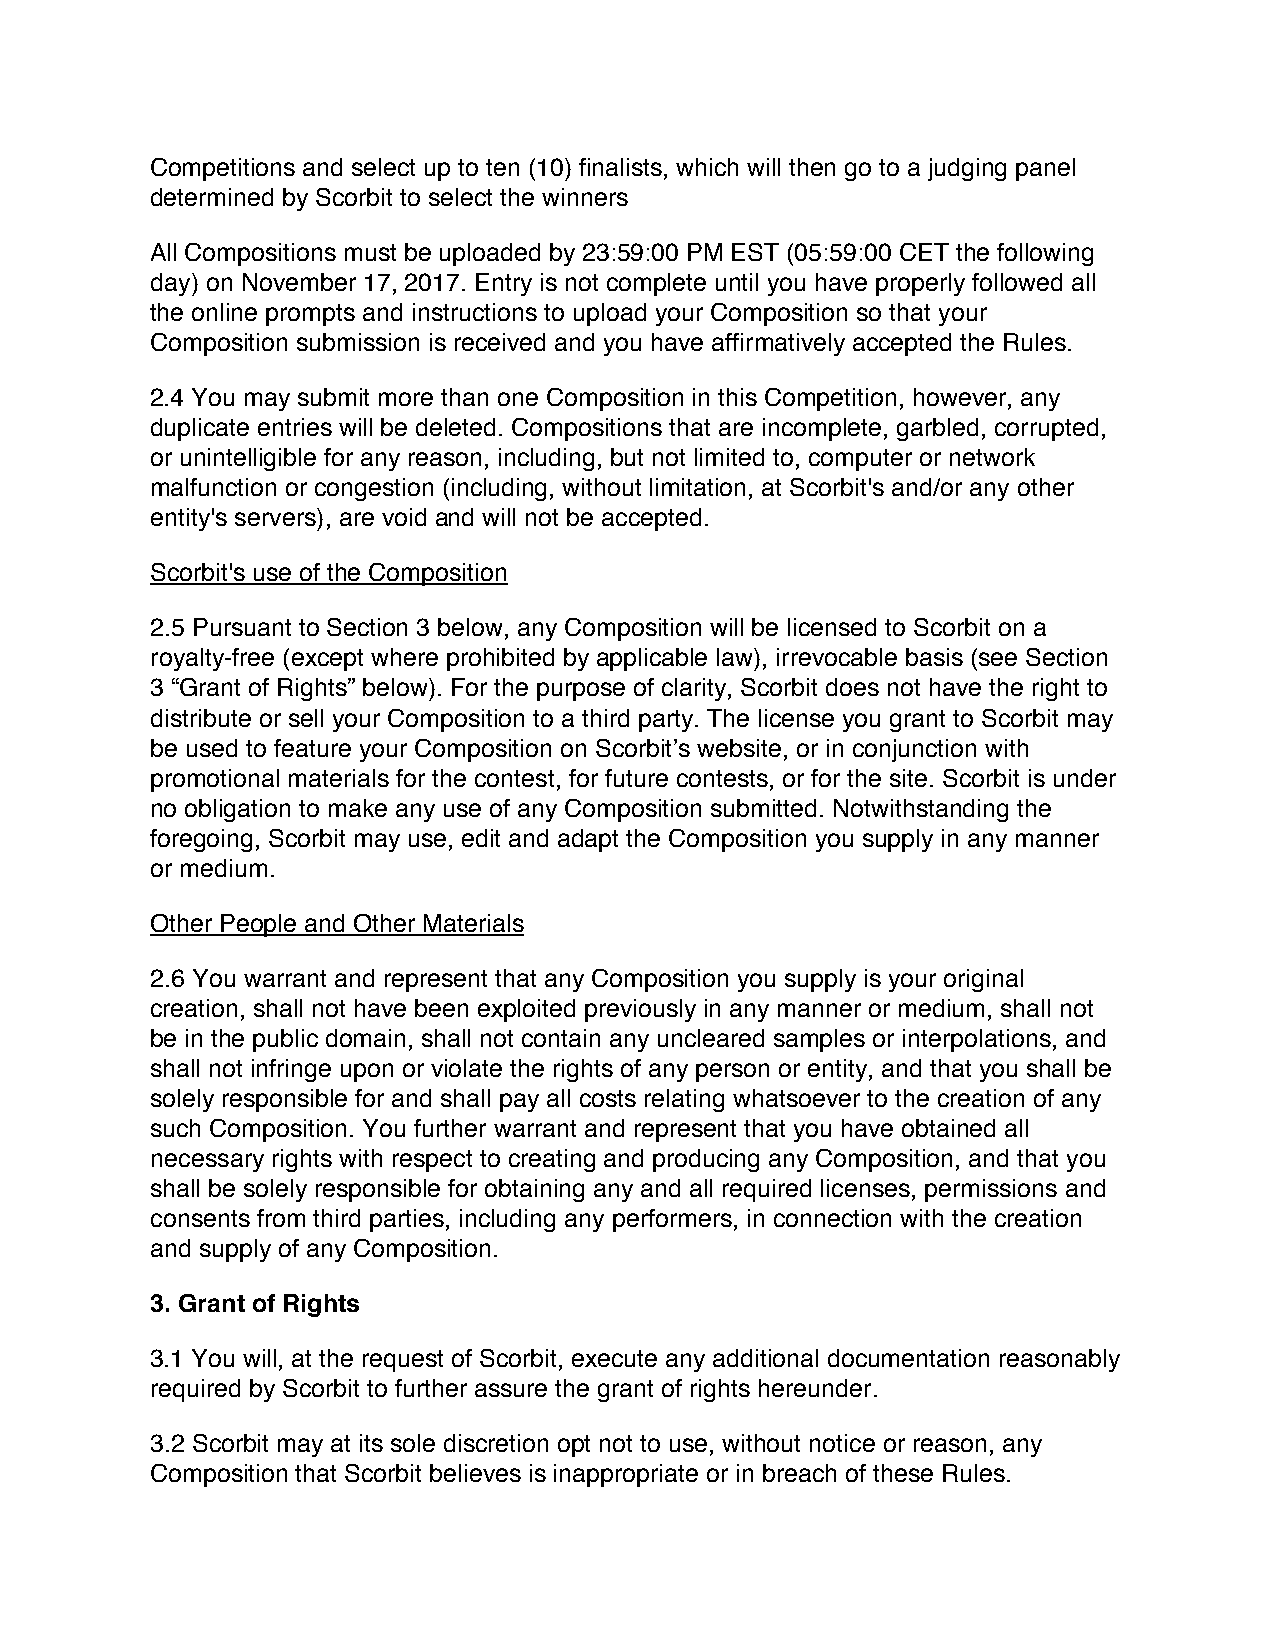
Competitions and select up to ten (10) finalists, which will then go to a judging panel
 determined by Scorbit to select the winners
 All Compositions must be uploaded by 23:59:00 PM EST (05:59:00 CET the following
 day) on November 17, 2017. Entry is not complete until you have properly followed all
 the online prompts and instructions to upload your Composition so that your
 Composition submission is received and you have affirmatively accepted the Rules.
 2.4 You may submit more than one Composition in this Competition, however, any
 duplicate entries will be deleted. Compositions that are incomplete, garbled, corrupted,
 or unintelligible for any reason, including, but not limited to, computer or network
 malfunction or congestion (including, without limitation, at Scorbit's and/or any other
 entity's servers), are void and will not be accepted.
 Scorbit's use of the Composition
 2.5 Pursuant to Section 3 below, any Composition will be licensed to Scorbit on a
 royalty‐free (except where prohibited by applicable law), irrevocable basis (see Section
 3 “Grant of Rights” below). For the purpose of clarity, Scorbit does not have the right to
 distribute or sell your Composition to a third party. The license you grant to Scorbit may
 be used to feature your Composition on Scorbit’s website, or in conjunction with
 promotional materials for the contest, for future contests, or for the site. Scorbit is under
 no obligation to make any use of any Composition submitted. Notwithstanding the
 foregoing, Scorbit may use, edit and adapt the Composition you supply in any manner
 or medium.
 Other People and Other Materials
 2.6 You warrant and represent that any Composition you supply is your original
 creation, shall not have been exploited previously in any manner or medium, shall not
 be in the public domain, shall not contain any uncleared samples or interpolations, and
 shall not infringe upon or violate the rights of any person or entity, and that you shall be
 solely responsible for and shall pay all costs relating whatsoever to the creation of any
 such Composition. You further warrant and represent that you have obtained all
 necessary rights with respect to creating and producing any Composition, and that you
 shall be solely responsible for obtaining any and all required licenses, permissions and
 consents from third parties, including any performers, in connection with the creation
 and supply of any Composition.
 3. Grant of Rights
 3.1 You will, at the request of Scorbit, execute any additional documentation reasonably
 required by Scorbit to further assure the grant of rights hereunder.
 3.2 Scorbit may at its sole discretion opt not to use, without notice or reason, any
 Composition that Scorbit believes is inappropriate or in breach of these Rules.